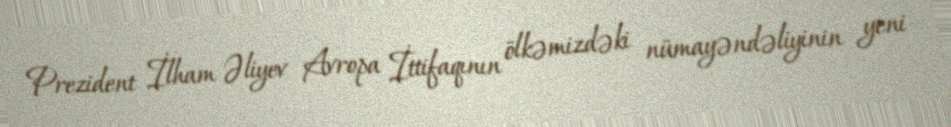
Prezident İlham Əliyev Avropa İttifaqının ölkəmizdəki nümayəndəliyinin yeni